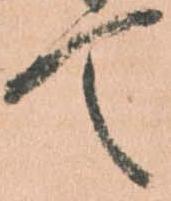
て